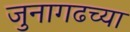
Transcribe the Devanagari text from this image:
जुनागढच्या